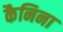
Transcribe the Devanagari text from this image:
कैनिना